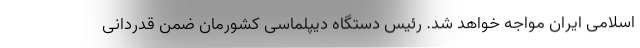
اسلامی ایران مواجه خواهد شد. رئیس دستگاه دیپلماسی کشورمان ضمن قدردانی